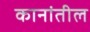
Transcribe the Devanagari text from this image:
कानांतील